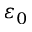
\varepsilon _ { 0 }